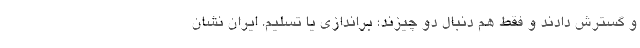
و گسترش دادند و فقط هم دنبال دو چیزند؛ براندازی یا تسلیم. ایران نشان